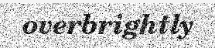
overbrightly